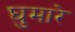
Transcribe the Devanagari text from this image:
घुमारे